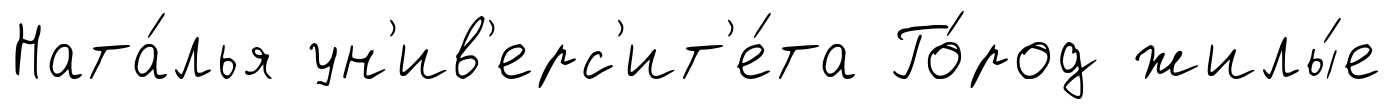
Ната́лья ун'ив'ерс'ит'е́та Го́род жилы́е